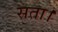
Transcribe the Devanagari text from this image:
सता।